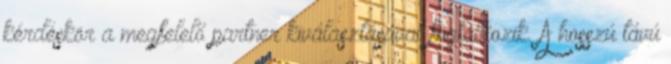
kérdéskör a megfelelő partner kiválasztásával foglalkozik. A hosszú távú